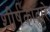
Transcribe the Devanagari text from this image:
शीर्षकाद्वारे